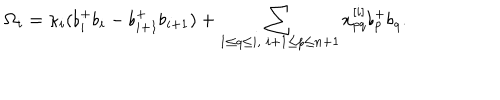
\Omega _ { i } = \kappa _ { i } ( \flat _ { i } ^ { + } \flat _ { i } - \flat _ { i + 1 } ^ { + } \flat _ { i + 1 } ) + \sum _ { 1 \leq q \leq i , \; i + 1 \leq p \leq n + 1 } x _ { p q } ^ { [ i ] } \flat _ { p } ^ { + } \flat _ { q } .